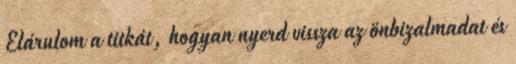
Elárulom a titkát, hogyan nyerd vissza az önbizalmadat és